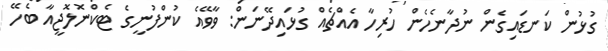
ގުޅުން ކަނޑައިގެން ނުދާނެހެން ހުރިހާ އެއްޗެއް ގުޅައިދޭނަން: ވާވޭއެ ކުންފުނީގެ ޓެކްނޮލޮޖީއާ ބެހޭ